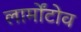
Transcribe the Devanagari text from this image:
लार्मोंटोव